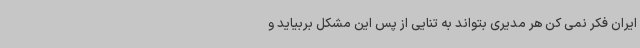
ایران فکر نمی کن هر مدیری بتواند به تنایی از پس این مشکل بربیاید و